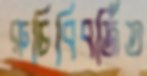
রুচিবিবর্জিত